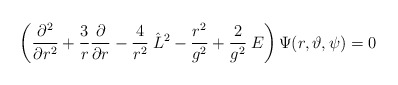
\begin{align*}\left( \frac{\partial^2}{\partial r^2} + \frac{3}{r}\frac{\partial}{\partial r} - \frac{4}{r^2}\:\hat L^2 - \frac{r^2}{g^2} + \frac{2}{g^2}\:E \right) \Psi(r, \vartheta, \psi) = 0 \end{align*}